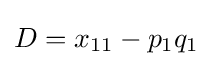
D=x_{11}-p_{1}q_{1}